Annual report on the Civil Veterinary Department, Burma (including the Insein Veterinary School) - 1932-1941
Year: 1932
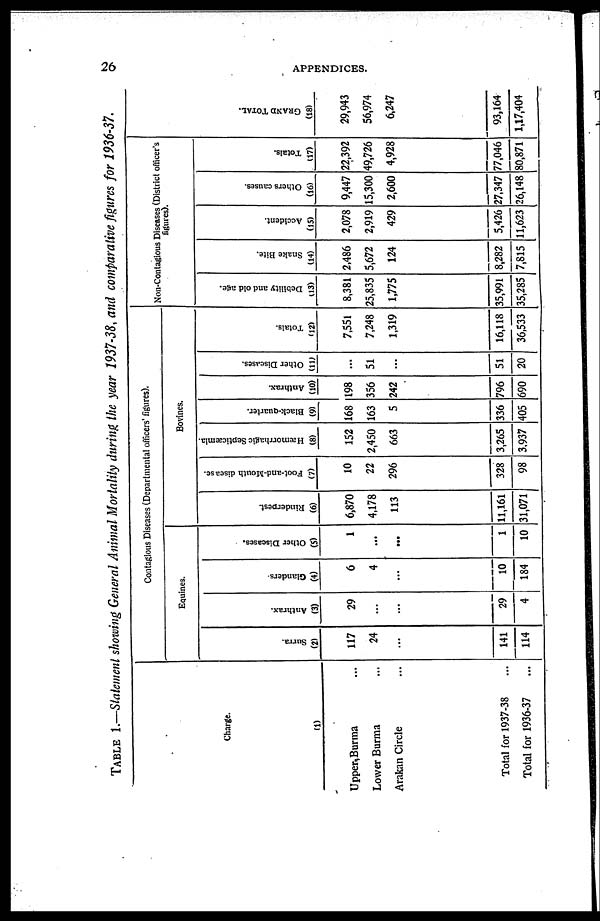
26
APPENDICES.
TABLE 1.—Statement showing General Animal Mortality during the year 1937-38, and comparative figures for 1936-37.
Charge.
(1)
Upper, Burma ...
Lower Burma ...
Arakan Circle ...
Total for 1937-38 ...
Total for 1936-37 ...
Contagious Diseases (Departmental officers' figures).
Equines.
Surra.
(2)
117
24
...
141
114
Anthrax.
(3)
29
...
...
29
4
Glanders.
(4)
6
4
...
10
184
Other Diseases.
(5)
1
...
...
1
10
Bovines.
Rinderpest.
(6)
6,870
4,178
113
11,161
31,071
Foot-and-Mouth disease.
(7)
10
22
296
328
98
Hæmorrhagic Septicæmia.
(8)
152
2,450
663
3,265
3,937
Black-quarter.
(9)
168
163
5
336
405
Anthrax.
(10)
198
356
242
796
690
Other Diseases.
(11)
...
51
...
51
20
Totals.
(12)
7,551
7,248
1,319
16,118
36,533
Non-Contagious Diseases (District officer' s
figures).
Debility and old age.
(13)
8,381
25,835
1,775
35,991
35,285
Snake Bite.
(14)
2,486
5,672
124
8,282
7,815
Accident.
(15)
2,078
2,919
429
5,426
11,623
Others causes.
(16)
9,447
15,300
2,600
27,347
26,148
Totals.
(17)
22,392
49,726
4,928
77,046
80,871
GRAND TOTAL.
(18)
29,943
56,974
6,247
93,164
1,17,404